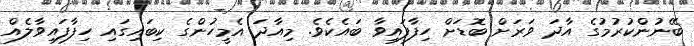
ބޭނުންކުރުމުގެ އާދަ ވަރަށް ބޮޑަށް ހިފާފައިވާ ބައެކެވެ. މިއާދަ އެމީހުންގެ ކިބައިގައި ހިފާފައިވާލެއް